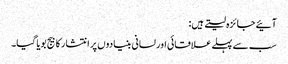
آئیے جائزہ لیتے ہیں:
سب سے پہلے علاقائی اور لسانی بنیادوں پر انتشار کا بیج بویا گیا۔